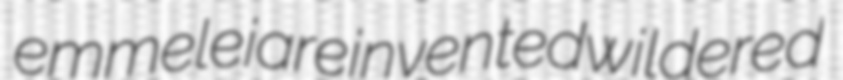
emmeleia reinvented wildered